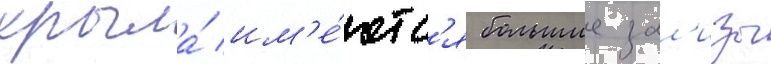
крыла́ им'е́ютс'я большие зал'изы